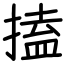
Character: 搕